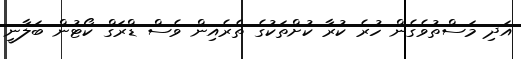
އަދި މަސްތުވެގެން ހުރެ ކުރާ ކުށްތަކުގެ ތެރެއިން ވެސް ޑްރަގް ކޯޓުން ބަލާނީ